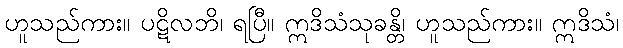
ဟူသည်ကား။ ပဋိလဘိ၊ ရပြီ။ ဣဒိသံသုခန္တိ၊ ဟူသည်ကား။ ဣဒိသံ၊